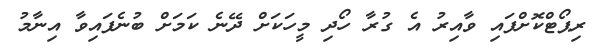
ރިޕޯޓްކޮށްފައި ވާއިރު އެ ގުރާ ހޯދި މީހަކަށް ދޭނެ ކަމަށް ބުނެފައިވާ އިނާމު